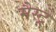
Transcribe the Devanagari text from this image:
मैस्ट्रे